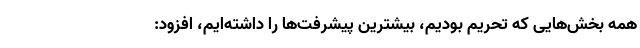
همه بخش‌هایی که تحریم بودیم، بیشترین پیشرفت‌ها را داشته‌ایم، افزود: